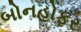
બોનહોફર